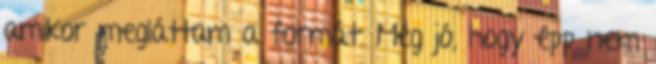
amikor megláttam a formát. Még jó, hogy épp nem